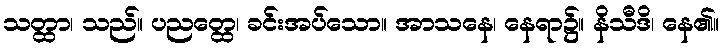
သတ္ထာ၊ သည်။ ပညတ္ထေ၊ ခင်းအပ်သော။ အာသနေ၊ နေရာ၌။ နိသီဒိ၊ နေ၏။